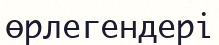
өрлегендері